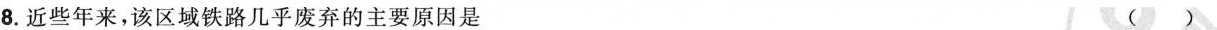
8.近些年来，该区域铁路几乎废弃的主要原因是 ( )